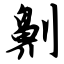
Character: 劓